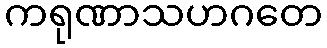
ကရုဏာသဟဂတေ